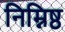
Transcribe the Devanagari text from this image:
निम्निष्ठ